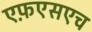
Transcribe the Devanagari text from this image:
एफ़एसएच